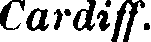
Cardiff.